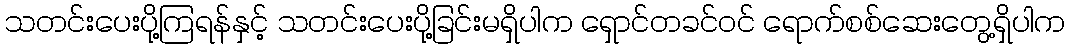
သတင်းပေးပို့ကြရန်နှင့် သတင်းပေးပို့ခြင်းမရှိပါက ရှောင်တခင်ဝင် ရောက်စစ်ဆေးတွေ့ရှိပါက